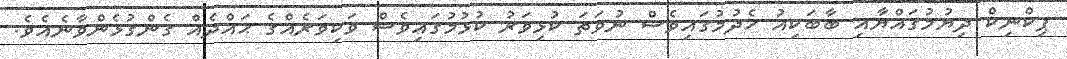
ޕިކްނިކް ދިޔުމުގައްޔާއި ބާބަކިއު ހެދުމުގައިވެސް ނުވަތަ ކުޅިވަރު ކުޅުމުގައިވެސް ވަކިވަރެއްގެ ޙައްދެއް ގެންގުޅެންވާނެއެވެ.